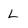
Character: L